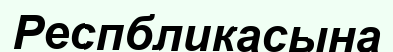
Респбликасына